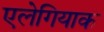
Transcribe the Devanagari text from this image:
एलेगियाक